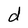
Character: d